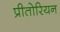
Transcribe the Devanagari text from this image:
प्रीतोरियन